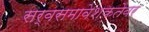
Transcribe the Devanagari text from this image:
सर्वसमावेशकतेवर